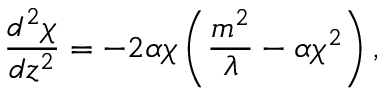
\frac { d ^ { 2 } \chi } { d z ^ { 2 } } = - 2 \alpha \chi \left( \frac { m ^ { 2 } } { \lambda } - \alpha \chi ^ { 2 } \right) ,